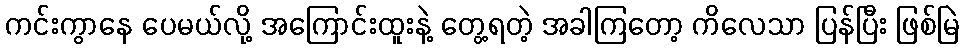
ကင်းကွာနေ ပေမယ်လို့ အကြောင်းထူးနဲ့ တွေ့ရတဲ့ အခါကြတော့ ကိလေသာ ပြန်ပြီး ဖြစ်မြဲ